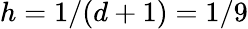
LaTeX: h=1/(d+1)=1/9